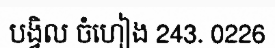
បង្វិល ចំហៀង 243. 0226